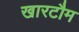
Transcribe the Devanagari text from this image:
खारटौम